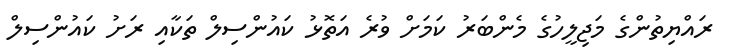
ރައްޔިތުންގެ މަޖިލީހުގެ މެންބަރު ކަމަށް ވުރެ އަތޮޅު ކައުންސިލް ތަކާއި ރަށު ކައުންސިލް